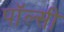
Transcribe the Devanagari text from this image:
पॉल्सी